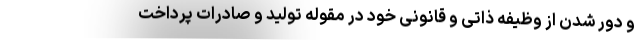
و دور شدن از وظیفه ذاتی و قانونی خود در مقوله تولید و صادرات پرداخت